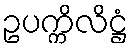
ဥပက္ကိလိဋ္ဌံ